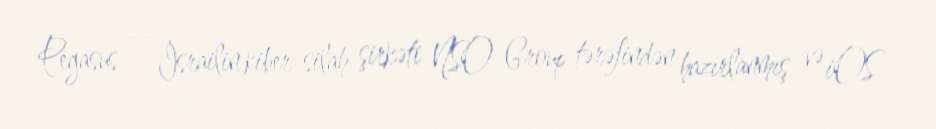
Pegasus — İsrailin kiber-silah şirkəti NSO Group tərəfindən hazırlanmış və iOS